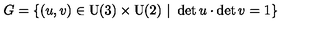
G = \{ ( u , v ) \in \mathrm { U ( 3 ) } \times \mathrm { U ( 2 ) } \ | \ \det u \cdot \det v = 1 \}